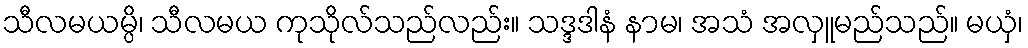
သီလမယမ္ပိ၊ သီလမယ ကုသိုလ်သည်လည်း။ သဒ္ဒဒါနံ နာမ၊ အသံ အလှူမည်သည်။ မယှံ၊